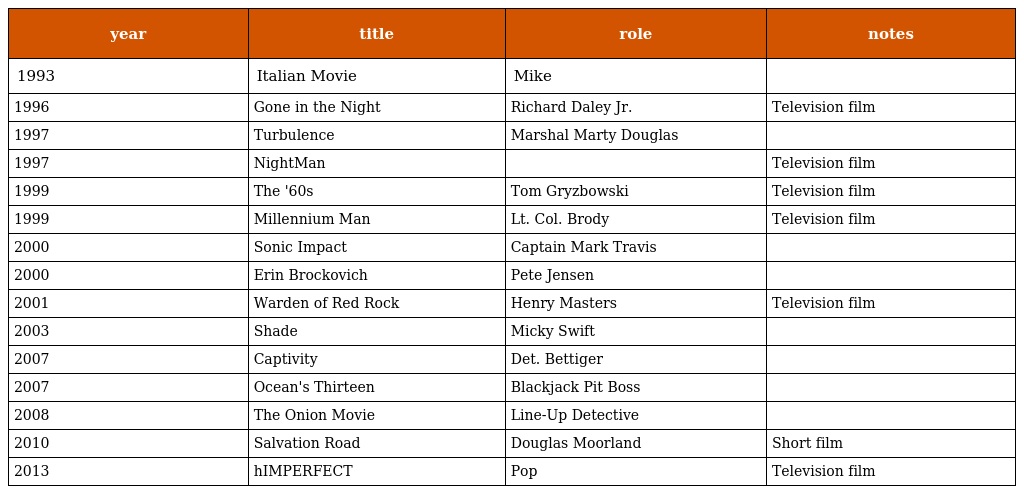
| year | title | role | notes |
 | --- | --- | --- | --- |
 | 1993 | Italian Movie | Mike |  |
 | 1996 | Gone in the Night | Richard Daley Jr. | Television film |
 | 1997 | Turbulence | Marshal Marty Douglas |  |
 | 1997 | NightMan |  | Television film |
 | 1999 | The '60s | Tom Gryzbowski | Television film |
 | 1999 | Millennium Man | Lt. Col. Brody | Television film |
 | 2000 | Sonic Impact | Captain Mark Travis |  |
 | 2000 | Erin Brockovich | Pete Jensen |  |
 | 2001 | Warden of Red Rock | Henry Masters | Television film |
 | 2003 | Shade | Micky Swift |  |
 | 2007 | Captivity | Det. Bettiger |  |
 | 2007 | Ocean's Thirteen | Blackjack Pit Boss |  |
 | 2008 | The Onion Movie | Line-Up Detective |  |
 | 2010 | Salvation Road | Douglas Moorland | Short film |
 | 2013 | hIMPERFECT | Pop | Television film |